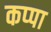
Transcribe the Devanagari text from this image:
कप्‍पा